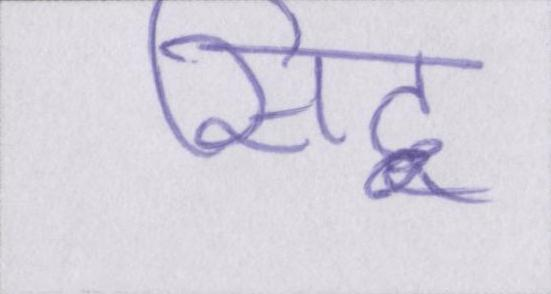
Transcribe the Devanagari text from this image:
सिद्व